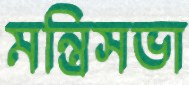
মন্ত্রিসভা